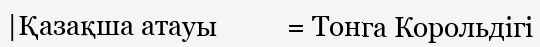
|Қазақша атауы          = Тонга Корольдігі